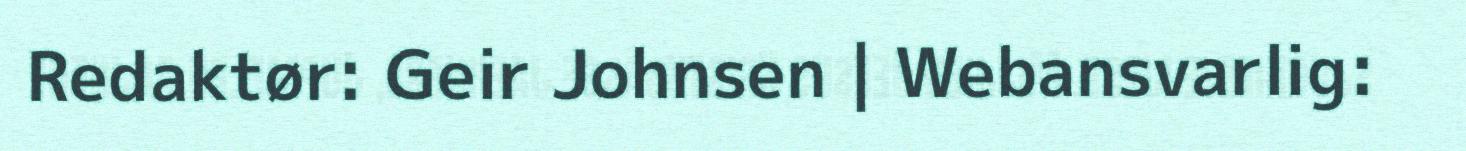
Redaktør: Geir Johnsen | Webansvarlig: